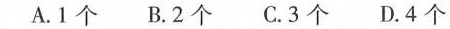
A.1个 B.2个 C.3个 D.4个